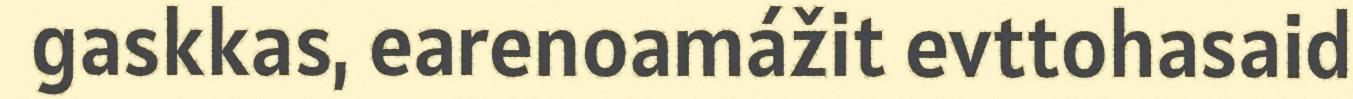
gaskkas, earenoamážit evttohasaid